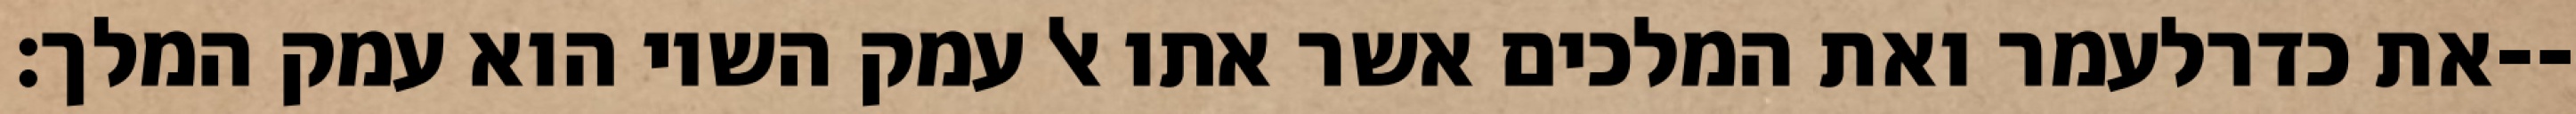
את כדרלעמר ואת המלכים אשר אתו אל עמק השוי הוא עמק המלך׃--